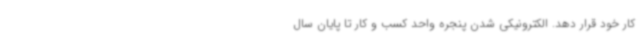
کار خود قرار دهد. الکترونیکی شدن پنجره واحد کسب و کار تا پایان سال